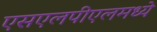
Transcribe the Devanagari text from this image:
एसएलपीएलमध्ये